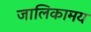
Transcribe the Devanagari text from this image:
जालिकामय